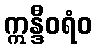
ဣန္ဒီဝရံဝ